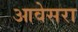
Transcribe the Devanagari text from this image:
आवेसरा